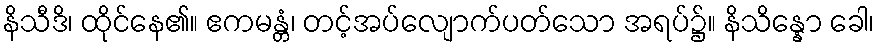
နိသီဒိ၊ ထိုင်နေ၏။ ဧကမန္တံ၊ တင့်အပ်လျောက်ပတ်သော အရပ်၌။ နိသိန္နော ခေါ၊